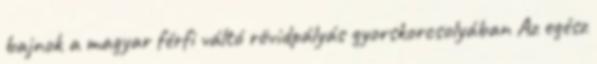
bajnok a magyar férfi váltó rövidpályás gyorskorcsolyában Az egész